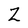
Character: Z